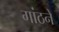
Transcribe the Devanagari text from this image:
गांठने